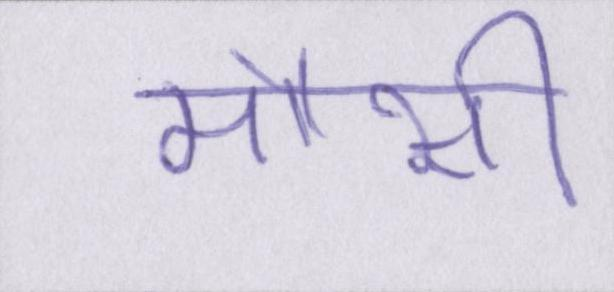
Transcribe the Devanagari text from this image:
मौसी